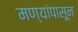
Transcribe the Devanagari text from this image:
मण्यांपासून